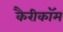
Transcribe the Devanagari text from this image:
कैरीकॉम